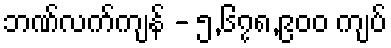
ဘဏ်လက်ကျန် - ၅,၆၇၈,၉၀၀ ကျပ်